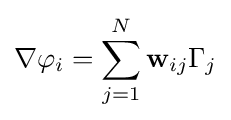
\nabla \varphi _{i}=\sum _{j=1}^{N}\mathbf {w} _{ij}\Gamma _{j}